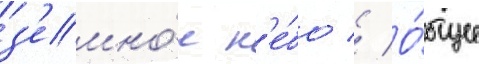
з'емно́е н'е́бо // О́бщее